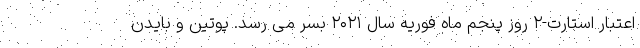
اعتبار استارت-۲ روز پنجم ماه فوریه سال ۲۰۲۱ بسر می رسد. پوتین و بایدن